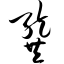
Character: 龚